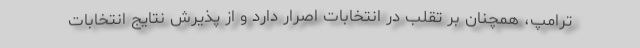
ترامپ، همچنان بر تقلب در انتخابات اصرار دارد و از پذیرش نتایج انتخابات